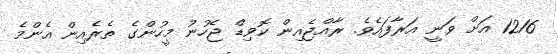
1216 އަށް ވަނީ އަރާފައެވެ. ރާއްޖެއިން ކޮވިޑް ޖެހުނު މީހުންގެ ތެރެއިން އެންމެ